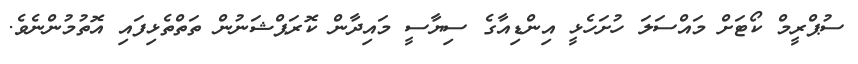
ސުޕްރީމް ކޯޓަށް މައްސަލަ ހުށަހެޅީ އިންޑިއާގެ ސިޔާސީ މައިދާން ކޮރަޕްޝަނުން ތަތްތެޅިފައި އޮތުމުންނެވެ.